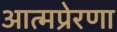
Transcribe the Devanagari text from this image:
आत्मप्रेरणा